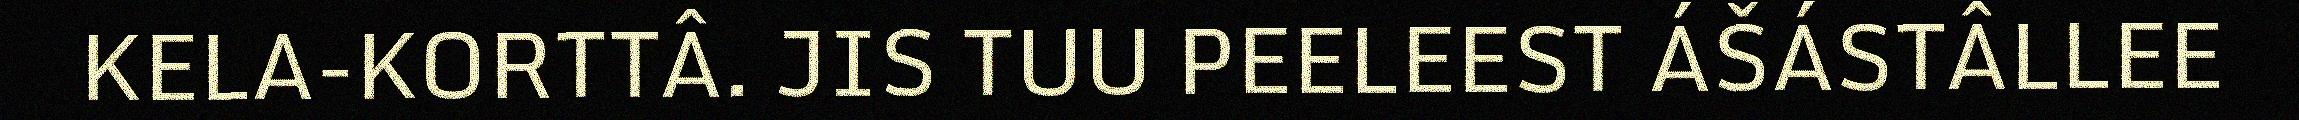
KELA-KORTTÂ. JIS TUU PEELEEST ÁŠÁSTÂLLEE